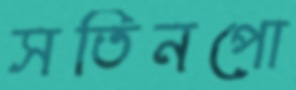
সতিনপো